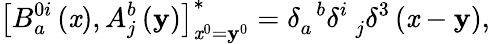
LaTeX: \left[B_{a}^{0i}\left(\mathit{x}\right),A_{j}^{b}\left(\mathbf{y}\right)\right]_{\mathit{x}^{0}=\mathbf{y}^{0}}^{*}=\delta_{a}^{\; \; b}\delta_{\; \; j}^{i}\delta^{3}\left({\mathbf{\mathit{x}}}-{\mathbf{\mathbf{y}}}\right),